Materia medica of Madras volume I
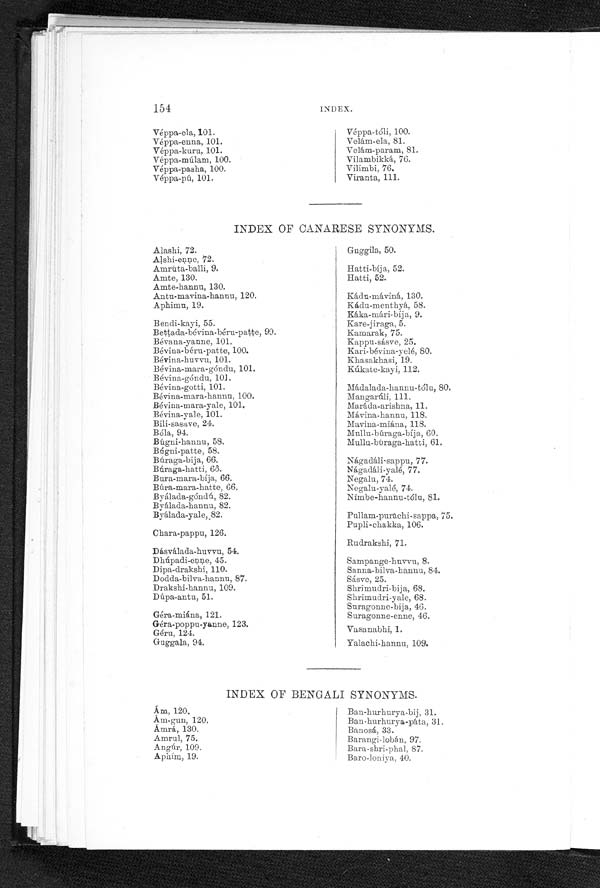
156
INDEX.
INDEX OF PERSIAN SYNONYMS.
Abe-turanj, 81.
Abe-límu, 81.
Afyún, 18.
Anbak, 120.
Angharáe-hindí, 54.
Angar, 109.
Ba1ághune-klán, 87.
Balághune-khurd, 84.
Balsán, 95.
Bamiyah, 55.
Banafshah, 33.
Barge-ázád-darakhte-hindí, 101.
Barge-darakhte-shanah, 68.
Barge-kháre-khasak, 74.
Barge-nile, 101.
Barre-ázád-darakhte-hindí, 100.
Barre-nile, 100.
Bédánah, 110.
Bíkhe-banafshah, 34.
Biládur, 124.
Bíshnág, 1.
Boé-jahúdan, 94.
Cháye, 48.
Dárhald, 11, 13, 14, 15.
Fíl-zahrah, 14.
Gardahe-samaq, 117.
Gasht-bargasht, 71.
Gaz-angabín, 42.
Gazmázaj, 42.
Gazmázaje-khurd, 43.
Gazmázak, 42.
Gazmázú, 42.
Gul-bé1, 9, 10.
Gule-ázád-darakhte-hindí, 101.
Gule-fofal, 62.
Gule-halílah, 118.
Gule-naranj, 80.
Gule-níle, 101.
Gule-pistah, 116.
Halváe-biládur, 127.
Isband, 87.
Ispand, 87.
Javárish-e-biládur, 127.
Kabít, 82.
Khare-khasak, 74.
Khash-khásh, 19.
Khurfah, 37.
Kishmish, 110.
Kíyá, 114.
Kundur, 96, 97, 98, 99, 116, 118.
Laale-moaabbari, 50.
Maghze-balaghúne-kalán. 87.
Maghze-ba iaghúne-khurd,84.
Maghze-shule-kalán, 87.
Maghze-shule-khurd, 84.
Maghze-tukhme-anbah, 120.
Máyíne-khurd, 43.
Monaqqá, 110.
Mushk-dánah, 55, 56.
Naghzak, 118.
•
Panbah, 52.
Panbah danch, 52.
Póste-ázád-darakhte-hindí, 100.
Póste-bíkhe-ázád-darakht, 99.
Póste-bíkhe-níle, 100.
Póste-kóknár, 19.
Póste-límú, 81.
Póste-náranj, 80.
Póste-níle, 100
Póste-turanj, 81.
Raziyánahe-khatáí, 7.
Reshaí-khitmí, 59.
Róghane-ázád-darakhte-hindí, 100.
Róghane-balsán, 93.
Róghane-brinj-mógrá, 36.
Róghane-katán, 72.
Róghane-níle, 101.
Róghane-zaghir, 101.
Samaghe-ázád-darakhté-hindí, 101,
Samaghe-kabít, 82.
Samaghe-níle, 101.
Saqe-khitmí, 60.
Satte-giló, 10, 11.
Sháh-tarah, 24.
Shamlite-dashtí, 58.
Sheraé-límú, 81.
Shiraé-turanj, 81.
Shule-kalán, 87.
Shule-khurd, 84.
Sípandáne-supéd, 24.
Síyáh-dánah, 5.
Sudále, 77.
Tukhme-ázád-darakht, 99.
Tukhme-ázád-darakhte-hindí, 1.01.
Tukhme-brinj-mógrá, 36.
Tukhme-darakhte-shánah, 68.
Tukhme-katán, 72.
Tukhme-khitmí, 60.
Tukhme-khurfah, 40.
Tukhme-kóknár, 19.
Tukhme-níle, 101.
Tukhme-turle, 28.
Tukhme-turrah-tézak, 26,
Tukhme-zaghír, 72.
Turanjabín, 42.
Turb, 28.
V. :ajje-turki, 4, 5.